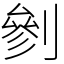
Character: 剼